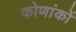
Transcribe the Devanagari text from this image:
कोणांकों